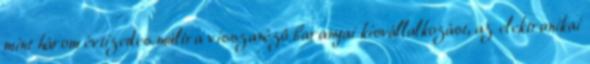
mint három évtizedes múltra visszanézô baranyai kisvállalkozást, az elektronikai